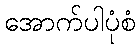
အောက်ပါပုံစံ